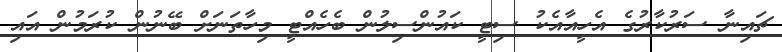
ޗައިނާ ސަރުކާރުގެ އެހީއާއެކު ސިޓީ ކައުންސިލުން ބެހެއްޓީ މިހާތަނަށް ބޭނުން ކުރަމުން އައި